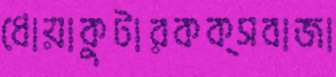
ধোয়াকুটারকক্সবাজা